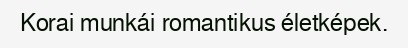
Korai munkái romantikus életképek.